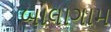
બાલાગામ